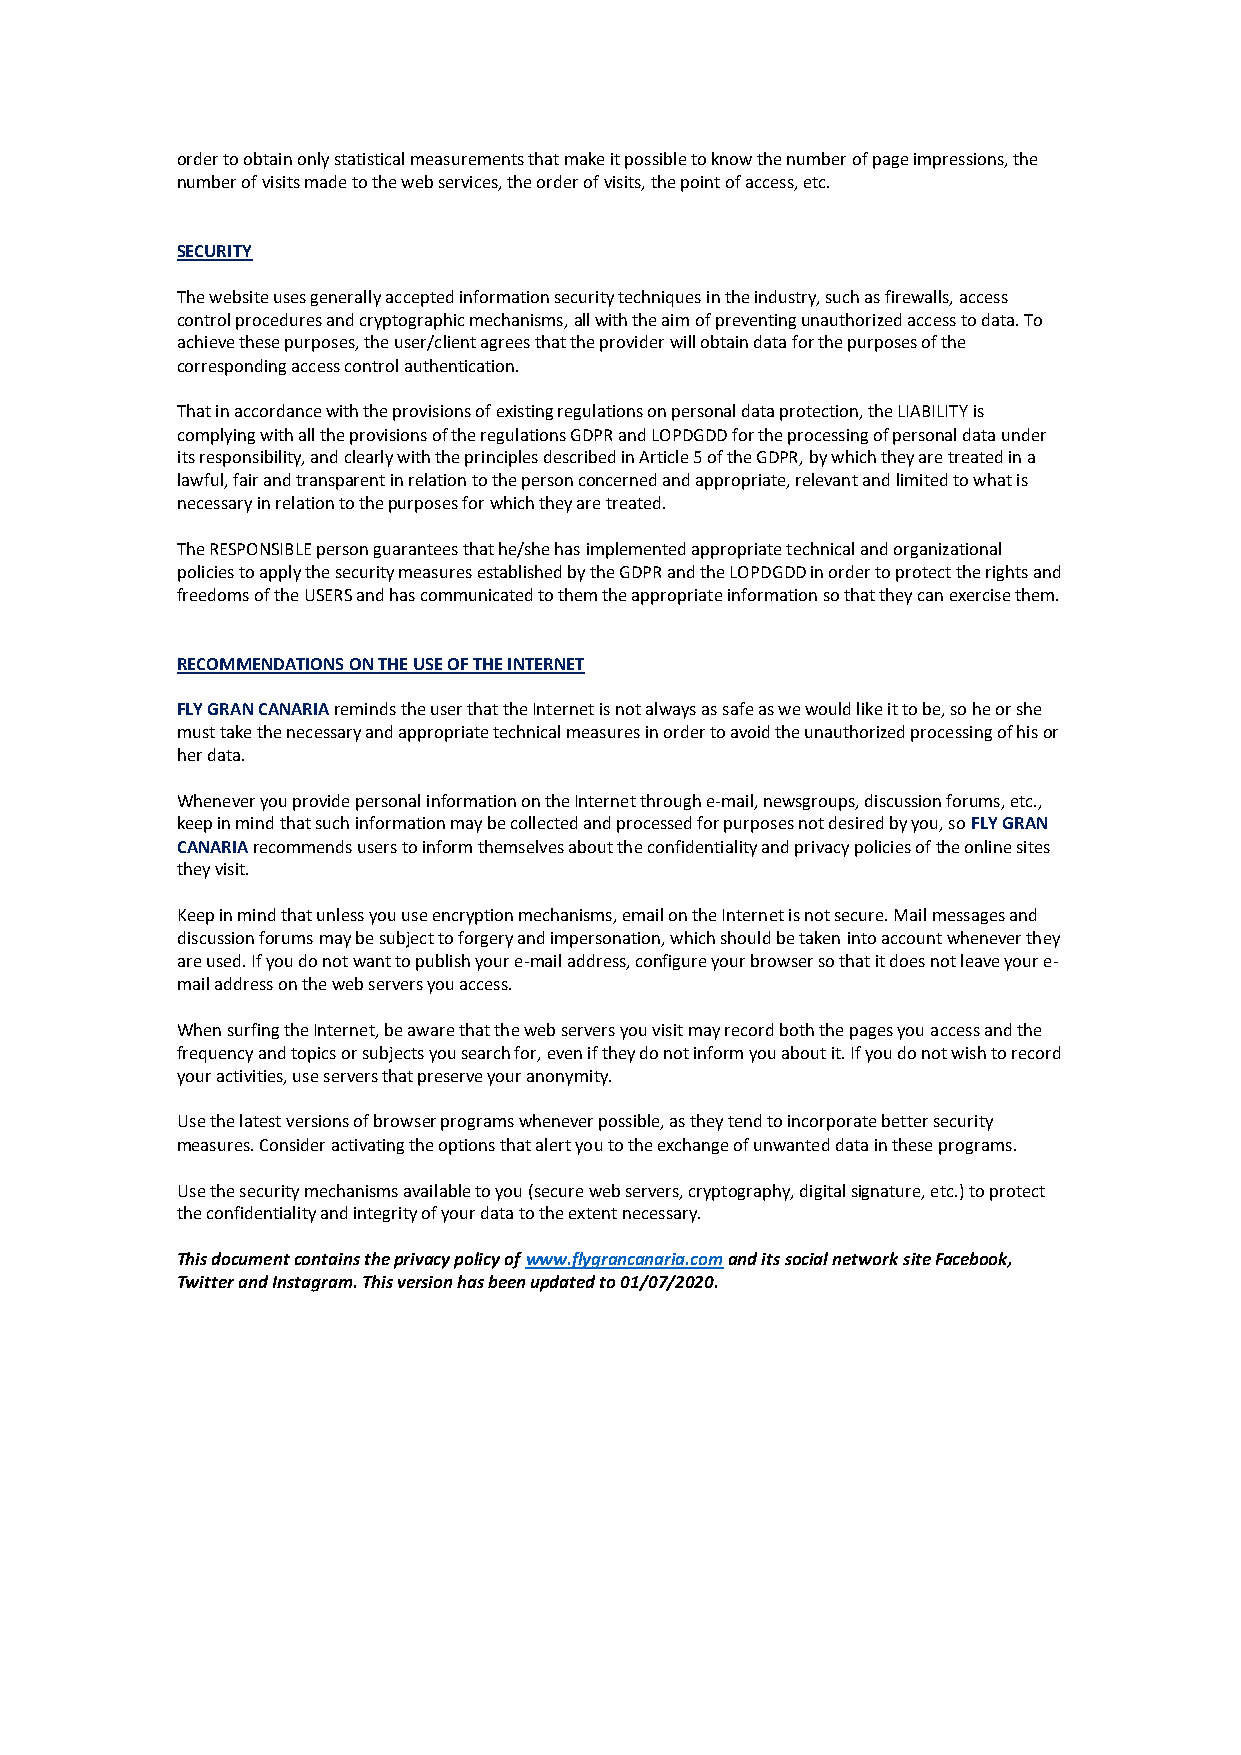
order to obtain only statistical measurements that make it possible to know the number of page impressions, the
 number of visits made to the web services, the order of visits, the point of access, etc.
 SECURITY
 The website uses generally accepted information security techniques in the industry, such as firewalls, access
 control procedures and cryptographic mechanisms, all with the aim of preventing unauthorized access to data. To
 achieve these purposes, the user/client agrees that the provider will obtain data for the purposes of the
 corresponding access control authentication.
 That in accordance with the provisions of existing regulations on personal data protection, the LIABILITY is
 complying with all the provisions of the regulations GDPR and LOPDGDD for the processing of personal data under
 its responsibility, and clearly with the principles described in Article 5 of the GDPR, by which they are treated in a
 lawful, fair and transparent in relation to the person concerned and appropriate, relevant and limited to what is
 necessary in relation to the purposes for which they are treated.
 The RESPONSIBLE person guarantees that he/she has implemented appropriate technical and organizational
 policies to apply the security measures established by the GDPR and the LOPDGDD in order to protect the rights and
 freedoms of the USERS and has communicated to them the appropriate information so that they can exercise them.
 RECOMMENDATIONS ON THE USE OF THE INTERNET
 FLY GRAN CANARIA reminds the user that the Internet is not always as safe as we would like it to be, so he or she
 must take the necessary and appropriate technical measures in order to avoid the unauthorized processing of his or
 her data.
 Whenever you provide personal information on the Internet through e-mail, newsgroups, discussion forums, etc.,
 keep in mind that such information may be collected and processed for purposes not desired by you, so FLY GRAN
 CANARIA recommends users to inform themselves about the confidentiality and privacy policies of the online sites
 they visit.
 Keep in mind that unless you use encryption mechanisms, email on the Internet is not secure. Mail messages and
 discussion forums may be subject to forgery and impersonation, which should be taken into account whenever they
 are used. If you do not want to publish your e-mail address, configure your browser so that it does not leave your e-
 mail address on the web servers you access.
 When surfing the Internet, be aware that the web servers you visit may record both the pages you access and the
 frequency and topics or subjects you search for, even if they do not inform you about it. If you do not wish to record
 your activities, use servers that preserve your anonymity.
 Use the latest versions of browser programs whenever possible, as they tend to incorporate better security
 measures. Consider activating the options that alert you to the exchange of unwanted data in these programs.
 Use the security mechanisms available to you (secure web servers, cryptography, digital signature, etc.) to protect
 the confidentiality and integrity of your data to the extent necessary.
 This document contains the privacy policy of www.flygrancanaria.com and its social network site Facebook,
 Twitter and Instagram. This version has been updated to 01/07/2020.